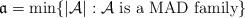
LaTeX: \begin{align*} \mathfrak a = \min\{|\mathcal A|:\mathcal A\ \mbox{is a MAD family}\}\end{align*}